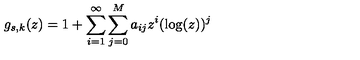
g _ { s , k } ( z ) = 1 + \sum _ { i = 1 } ^ { \infty } \sum _ { j = 0 } ^ { M } a _ { i j } z ^ { i } ( \log ( z ) ) ^ { j }